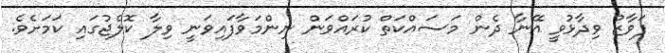
ފަވާޒު ވިދާޅުވީ އޭނާ ދެން މަސައްކަތް ކުރައްވަން ނިންމަވާފައިވަނީ ވިލާ ކޮލެޖުގައި ކަމަށެވެ.